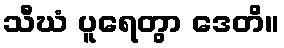
သီဃံ ပူရေတွာ ဒေတိ။